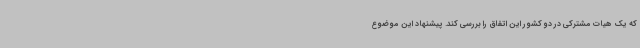
که یک هیات مشترکی در دو کشور این اتفاق را بررسی کند. پیشنهاد این موضوع